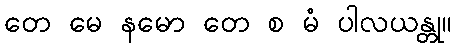
တေ မေ နမော တေ စ မံ ပါလယန္တု။